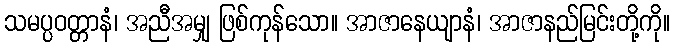
သမပ္ပဝတ္တာနံ၊ အညီအမျှ ဖြစ်ကုန်သော။ အာဇာနေယျာနံ၊ အာဇာနည်မြင်းတို့ကို။